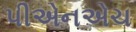
પીએનએચ